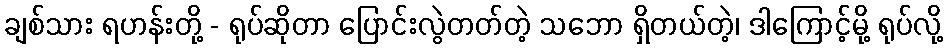
ချစ်သား ရဟန်းတို့ - ရုပ်ဆိုတာ ပြောင်းလွဲတတ်တဲ့ သဘော ရှိတယ်တဲ့၊ ဒါကြောင့်မို့ ရုပ်လို့